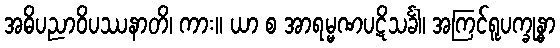
အဓိပညာဝိပဿနာတိ၊ ကား။ ယာ စ အာရမ္မဏပဋိသင်္ခါ၊ အကြင်ရူပက္ခုန္ဓာ